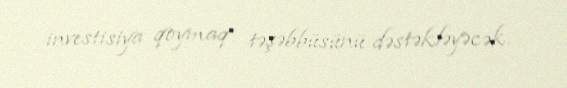
investisiya qoymaq təşəbbüsünü dəstəkləyəcək.